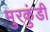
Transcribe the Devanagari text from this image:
मुरकुंडी